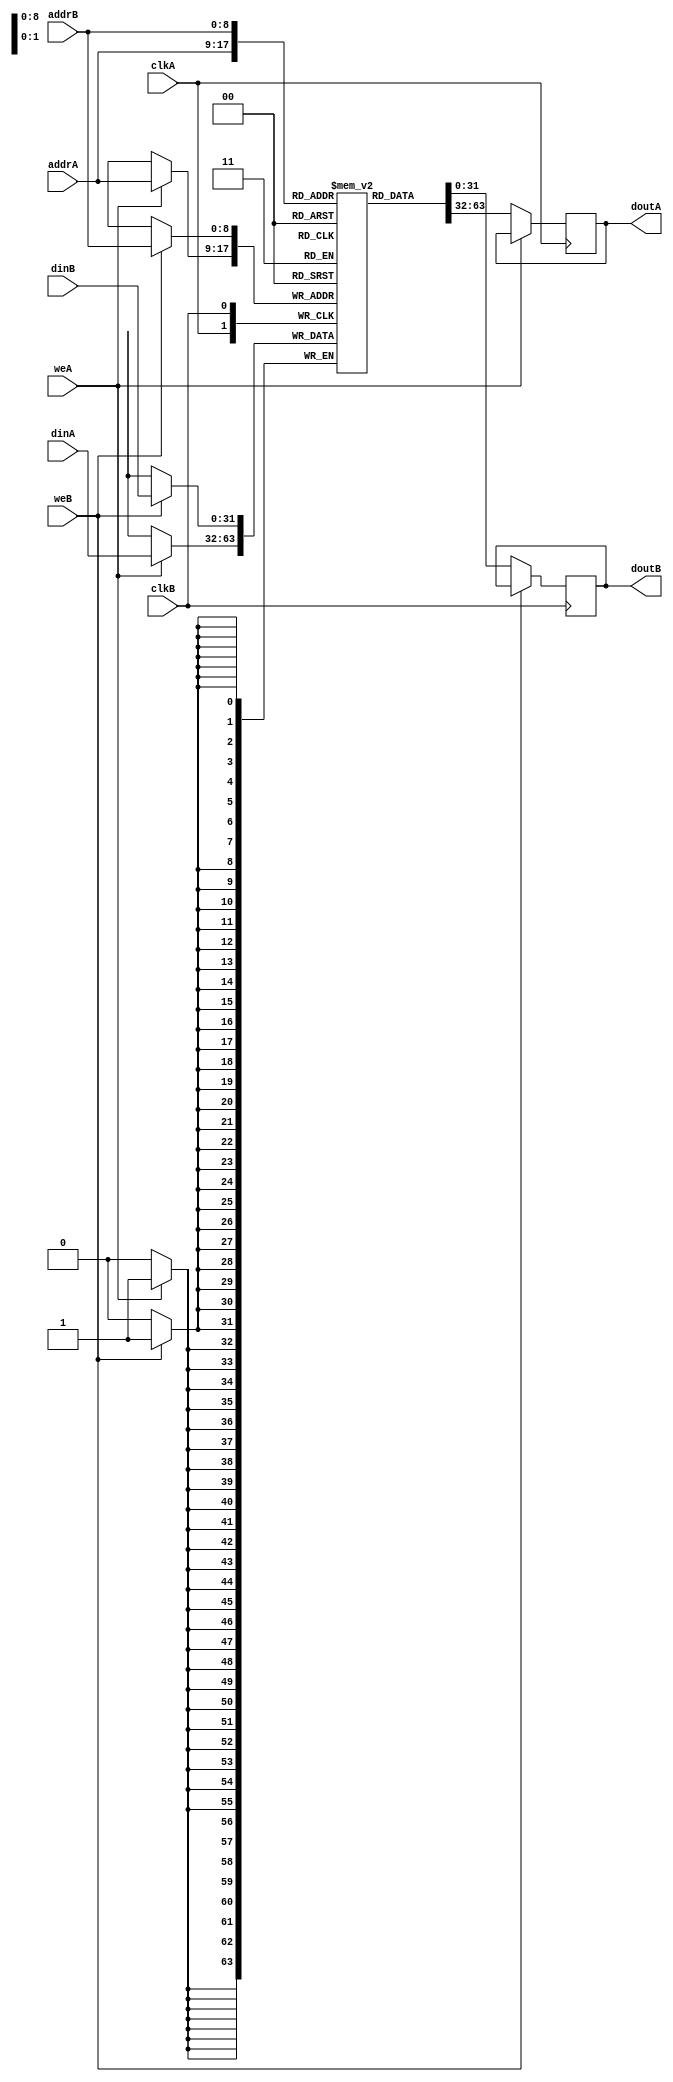
module ram_true_dp_dc_512x32_logic (clkA, clkB, weA, weB, addrA, addrB, dinA, dinB, doutA, doutB);
    input clkA, clkB, weA, weB;
    input [8:0] addrA, addrB;
    input [31:0] dinA, dinB;
    output reg [31:0] doutA=0, doutB=0;
    
    (* ram_style = "logic" *)
    reg [31:0] ram [511:0];
    always @(posedge clkA)
    begin
        if (weA)
            ram[addrA] <= dinA;
        else
            doutA <= ram[addrA];
    end
    always @(posedge clkB)
    begin
        if (weB)
            ram[addrB] <= dinB;
        else
            doutB <= ram[addrB];
    end

endmodule